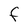
Character: F